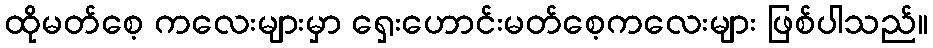
ထိုမတ်စေ့ ကလေးများမှာ ရှေးဟောင်းမတ်စေ့ကလေးများ ဖြစ်ပါသည်။